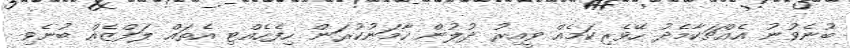
ބުނެވުނު އެއްޗަކާމެދު ހޭވެރިކަމެއް ވީއިރު ދުލުން ހާމަނުކުރަން ހިފެހެއްޓި އެތައް ލަފްޒެއް ބުނެވި